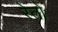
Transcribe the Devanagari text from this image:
रेतो